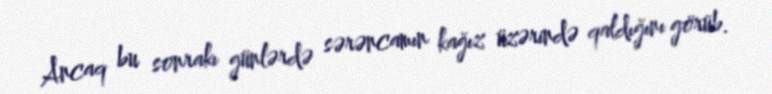
Ancaq bu sonrakı günlərdə sərəncamın kağız üzərində qaldığını görüb.